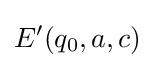
E'(q_{0},a,c)